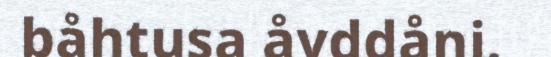
båhtusa åvddåni.